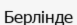
Берлінде